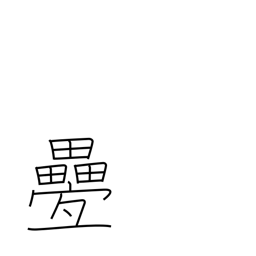
Meaning: repetitious